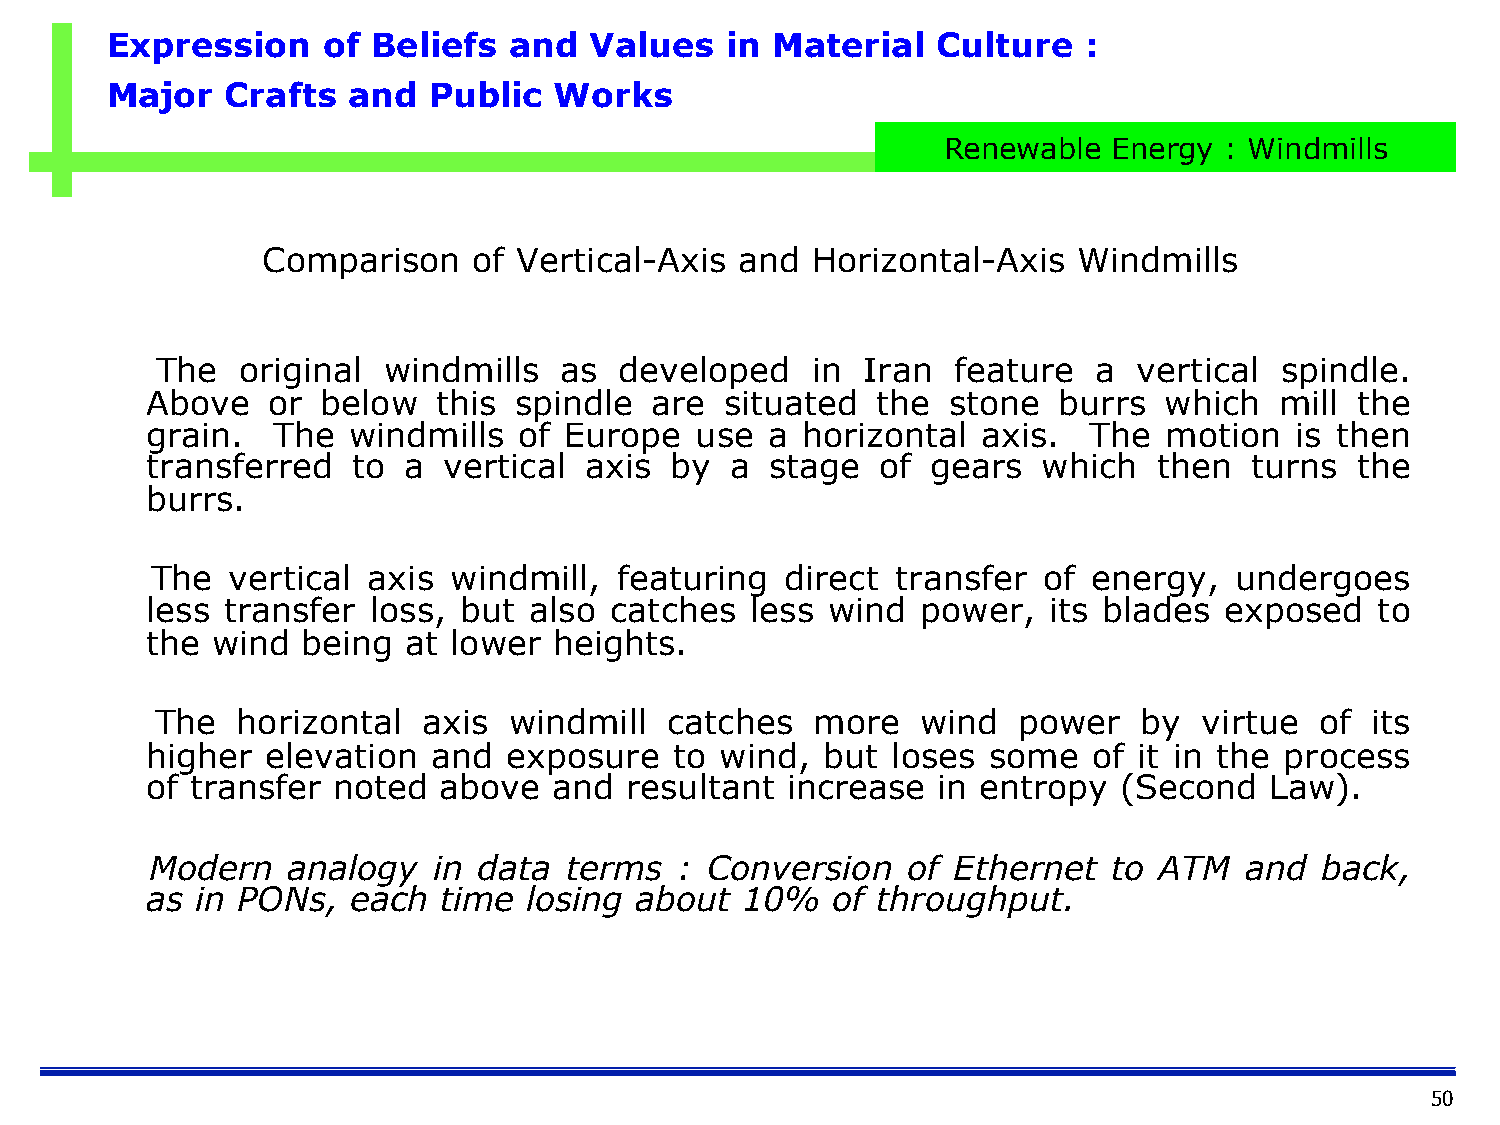
Expression    of  Beliefs  and  Values   in Material   Culture   :
 Major   Crafts  and  Public   Works
 Renewable   Energy : Windmills
 Comparison    of Vertical-Axis  and  Horizontal-Axis  Windmills
 The   original windmills   as  developed    in Iran  feature   a vertical  spindle.
 Above   or below   this spindle  are  situated  the  stone  burrs  which   mill the
 grain.  The  windmills  of Europe   use  a horizontal  axis.  The  motion   is then
 transferred  to  a vertical  axis by  a  stage  of  gears  which   then  turns  the
 burrs.
 The  vertical axis  windmill,  featuring  direct transfer  of energy,   undergoes
 less transfer loss, but  also catches   less wind  power,  its blades  exposed   to
 the wind  being  at lower  heights.
 The   horizontal  axis  windmill  catches   more   wind  power    by  virtue of  its
 higher  elevation  and  exposure   to wind,  but loses some   of it in the process
 of transfer noted  above   and resultant  increase  in entropy  (Second   Law).
 Modern   analogy   in data terms   : Conversion   of Ethernet   to ATM  and  back,
 as in PONs,  each  time  losing about  10%   of throughput.
 50